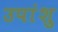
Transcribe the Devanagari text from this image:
उपांशु